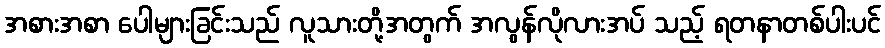
အစားအစာ ပေါများခြင်းသည် လူသားတို့အတွက် အလွန်လိုလားအပ် သည့် ရတနာတစ်ပါးပင်